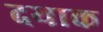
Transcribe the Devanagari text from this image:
दयाक